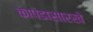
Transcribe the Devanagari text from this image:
कापडासारखे